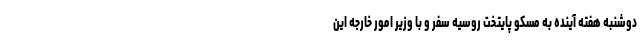
دوشنبه هفته آینده به مسکو پایتخت روسیه سفر و با وزیر امور خارجه این